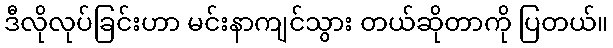
ဒီလိုလုပ်ခြင်းဟာ မင်းနာကျင်သွား တယ်ဆိုတာကို ပြတယ်။